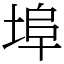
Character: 埠